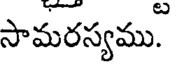
సామరస్యము.